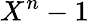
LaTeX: X^{n}-1